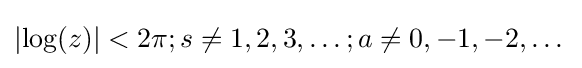
\left|\log(z)\right|<2\pi ;s\neq 1,2,3,\dots ;a\neq 0,-1,-2,\dots